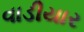
વાડીયાર